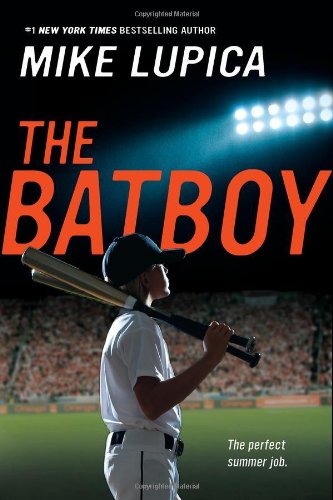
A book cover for The Batboy; Mike Lupica; Children's Books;